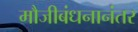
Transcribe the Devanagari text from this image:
मौजीबंधनानंतर